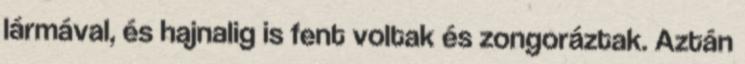
lármával, és hajnalig is fent voltak és zongoráztak. Aztán